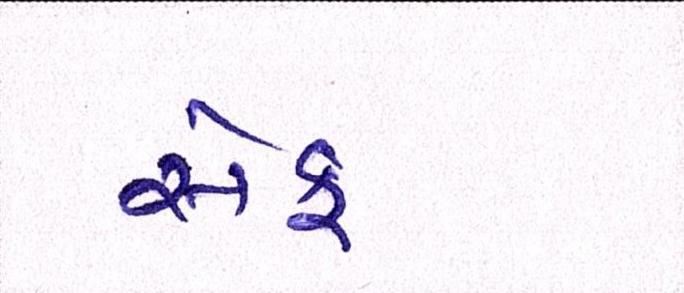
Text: સેફ